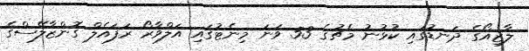
ލާޒިއޯގެ ދަނޑުގައި ކުޅުނު މެޗުގެ 53 ވަނަ މިނެޓުގައި އަލްވާރޯ ރަފައެލް ގޮންޒާލޭސްގެ